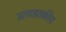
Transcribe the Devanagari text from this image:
उरणइतकीच